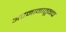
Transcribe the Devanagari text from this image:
अपमानातूनच